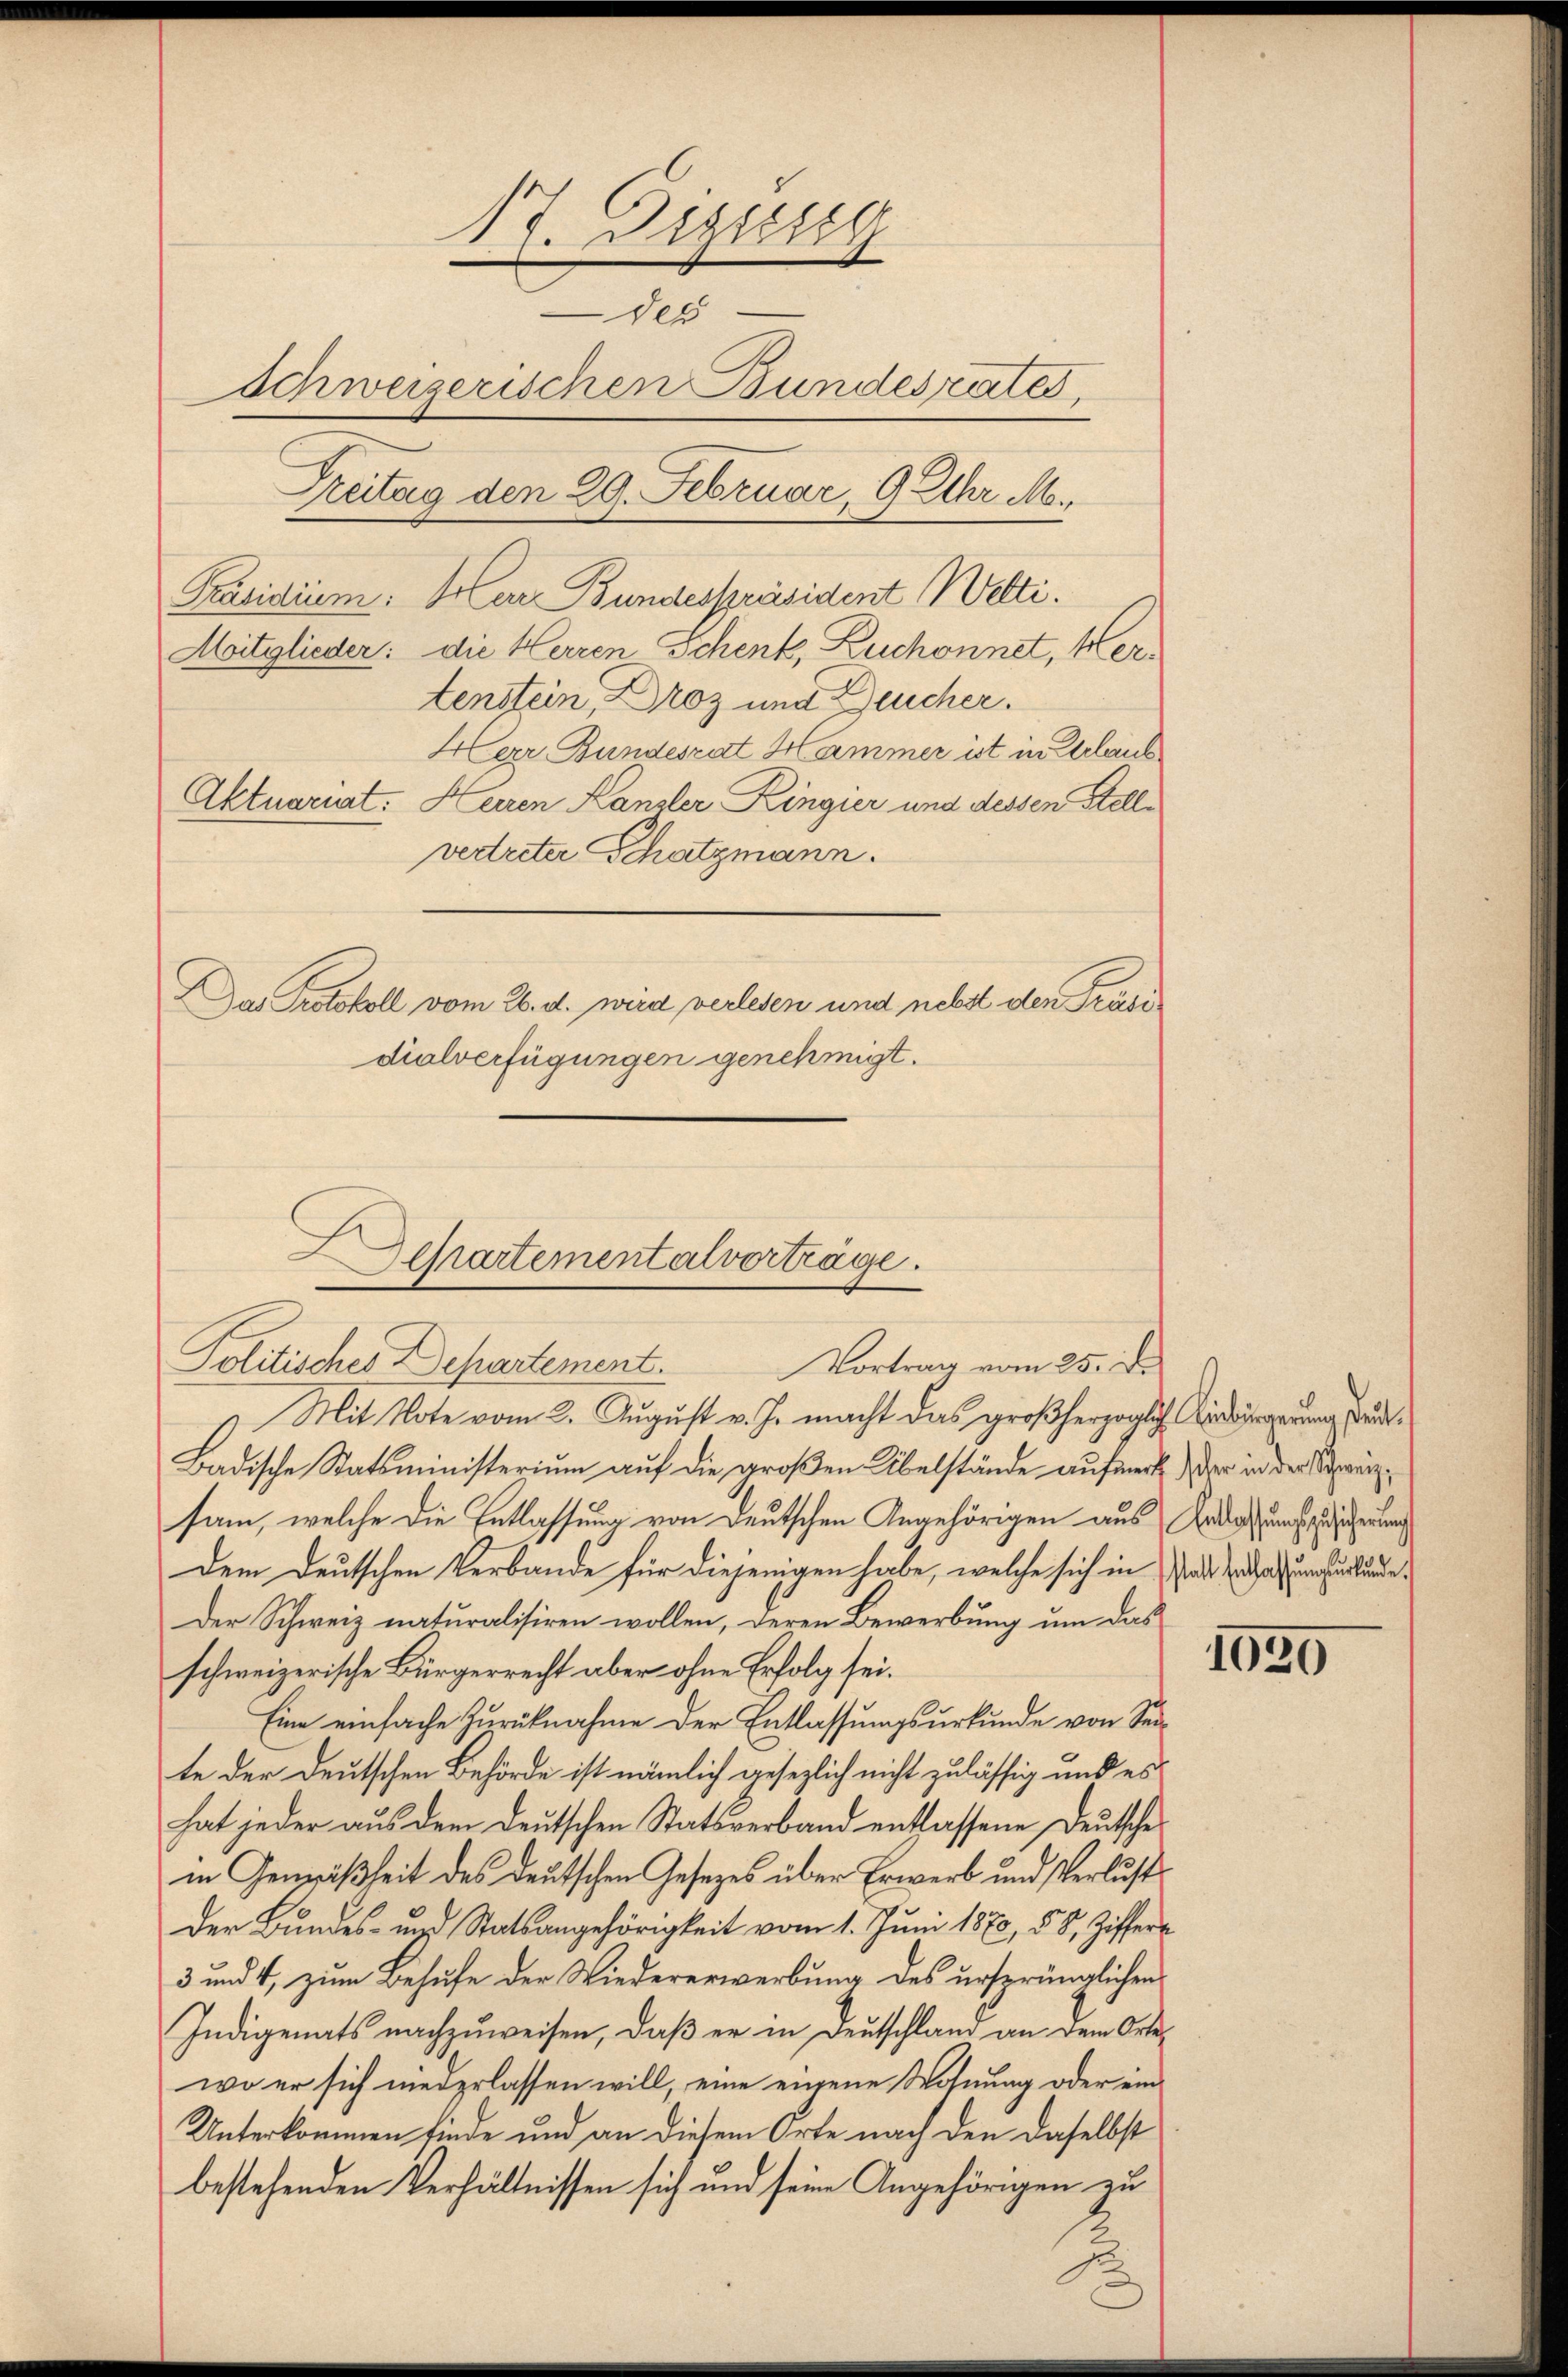
17. Diszig
des
schweizerischen Bundesrates,
Treitag den 29. Februar, 9 Uhr M.
Moitglieder: die Herren Schenk, Zuchonnet, Hertenstein, Droz und Neucher.
Herr Bundesrat Hammer ist in Urlaub
Aktuariat. Herren Kanzler Kingier und dessen Stellvertreter Schatzmann.
Das Protokoll vom 26. d. wird verlesen und nebst den Präsidialverfügungen genehmigt.

Präsidium: Herr Bundesspräsident Welti.

Dehartementalverträge.
Politisches Departement.
Vortrag vom 25. De

Mit Note vom 2. August v. J. macht das großherzogliche Ausbürgerung dau¬
Badische Statsministerium auf die großen Übelstände aufmerk der in der Sprensam, welche die Entlassung von Deutschen Angehörigen aus Ende und ein
Dem Deutschen Verbande für diejenigen habe, welche sich in Paddas umzurkunde¬
Der Schweiz naturalisiren wollen, deren Bewerbung um das
schweizerische Bürgerrecht aber ohne Erfolg sei.
Eine einfache Zurücknahme der Entlassungsurkunde von Seite der deutschen Behörde ist nämlich gesezlich nicht zulässig und es
hat jeder aus dem deutschen Statsverband entlassene Deutsche
in Gemäßheit des deutschen Gesetzes über Erwerb und Verlust
Der Bundes- und Statsangehörigkeit vom 1. Juni 1870, 58, Ziffer¬
3 und 4, zum Behufe der Wiedererwerbung des ursprünglichen
Indigenats nachzuweisen, daß er in Deutschland an dem Ortewo er sich niederlassen will, eine eingene Wohnung oder ein¬
Unterkommen finde und an diesem Orte nach den daselbst
bestehenden Verhältnissen sich und seine Angehörigen zu

1020